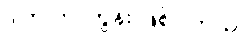
ဒါက ကာတွန်း ဖြစ်ပါတယ်။